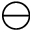
{ \ominus }